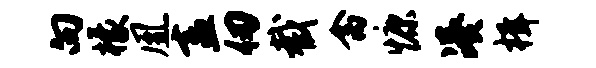
向檬凰盍仞截禽慷凑楫